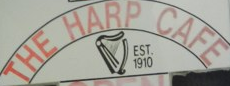
THE HARP CAFE